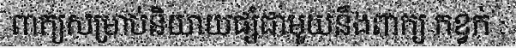
ពាក្យសម្រាប់និយាយផ្សំជាមួយនឹងពាក្យ កខ្វក់ :